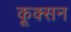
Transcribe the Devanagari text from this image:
कूक्सन